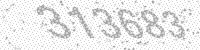
Solution: 313683